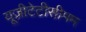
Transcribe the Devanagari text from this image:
यूज़ीटेटीसीमम